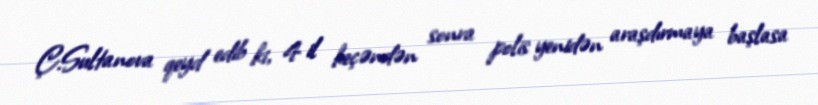
Ç.Sultanova qeyd edib ki, 4 il keçəndən sonra polis yenidən araşdırmaya başlasa